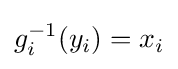
g_{i}^{-1}(y_{i})=x_{i}